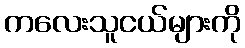
ကလေးသူငယ်များကို